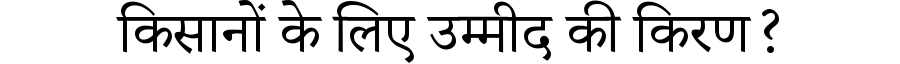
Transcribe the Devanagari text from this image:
किसानों के लिए उम्मीद की किरण?